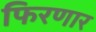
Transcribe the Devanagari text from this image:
फिरणार